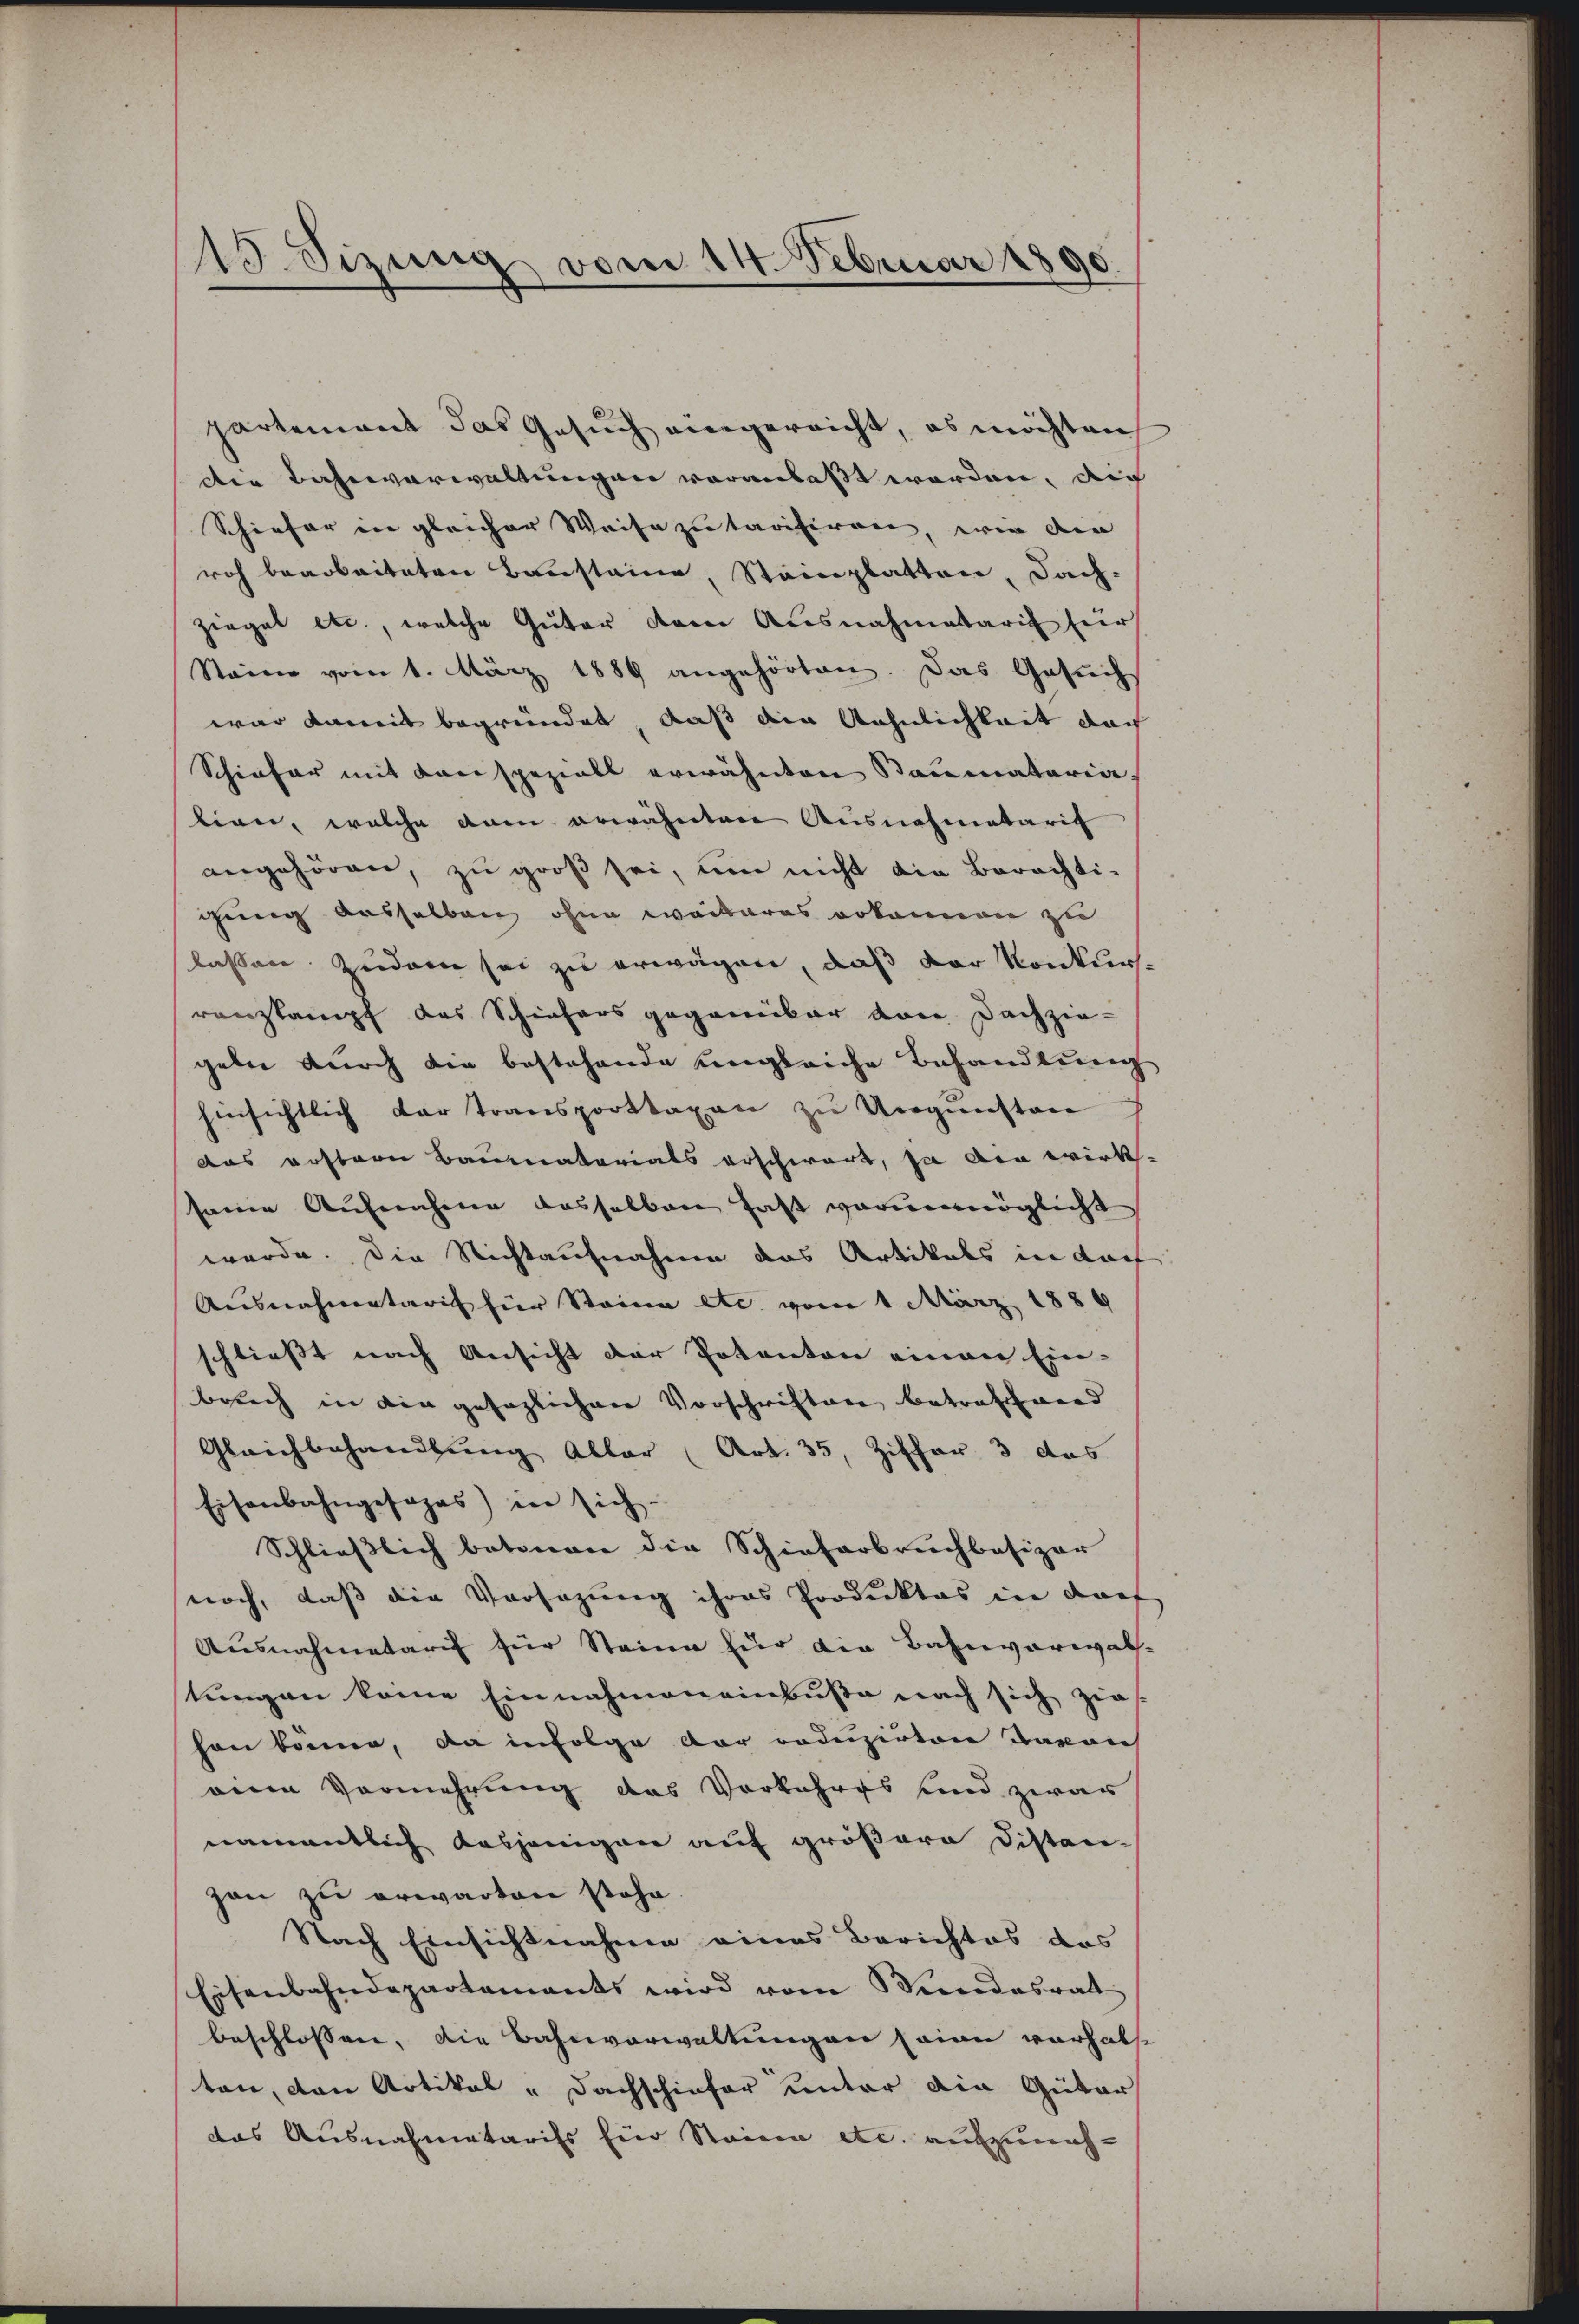
15. Sizung vom 14. Februar 1890

partement das Gesuch eingereicht, es möchten
die Bahnverwaltungen voranlaßt worden, auch
Schiefer in gleicher Weise zu tarisiren, wie die |
roh bearbeiteten Bausteine, Steinplatten, Fach-
ziegel etc., welche Güter dem Ausnahmetaris für
Steine vom 1. März 1889 angehörten. Das Gesuch
war damit begründet, daß die Aehnlichkeit der
Schiefer mit Conspeziell erwähnten Staumatoria,
tien, welche dann erwähnten Ausnahmetarif
angehören, zu groß sei, um nicht die Berechti-
gung dasselben ohne weiteres erkennen zu
lassen Zudem sei zu erwägen, daß der Konkursranzkampf das Schiehers gegenüber von Dachzie-
geben durch die bestehende ungleiche Behandlung
hinsichtlich der Transporttaxen zu Ungunsten
das erstern Baumaterials erschwart, ja die wirk-
seine Aufnahme dasselben hast verunmöglicht
werde. Die Nichtaufnahme das Artikals in doch
Ausnahmetaris hier Steina etc. vom 1. März 1889
schliesst nach Ansicht der Pokanton einen Ein-
berich in die gesaglichen Vorschriften betraftwerd
Gleichbehandlung Aller (Art. 35, Ziffer 3 das
Eisenbahngesages) in sich
Schließlich betonen die Schieferbruchbasizer
noch, daß die Vorsazung ihres Produktes in darf
Ausnahmetarif für Steine für die Bahnverwal-
tungen keine Einnahmeneinbuße nach sich zie
hon könne, da infolge der reduzirten Davon
eine Vermehrung des Vorkehres und zwar
namentlich dasjenigen auf größere Distan-
zon zu erwarten stehe.
Nach Einsichtnahme eines Berichtes des
Eisenbahndepartaments wird vom Mindesrat
beschlossen, die Bahnverwaltungen seien verhalst
ten, von Artikal - Dachschiefer unter die Güter
das Ausnahmetarifs für Staina etc. aufzuneh¬